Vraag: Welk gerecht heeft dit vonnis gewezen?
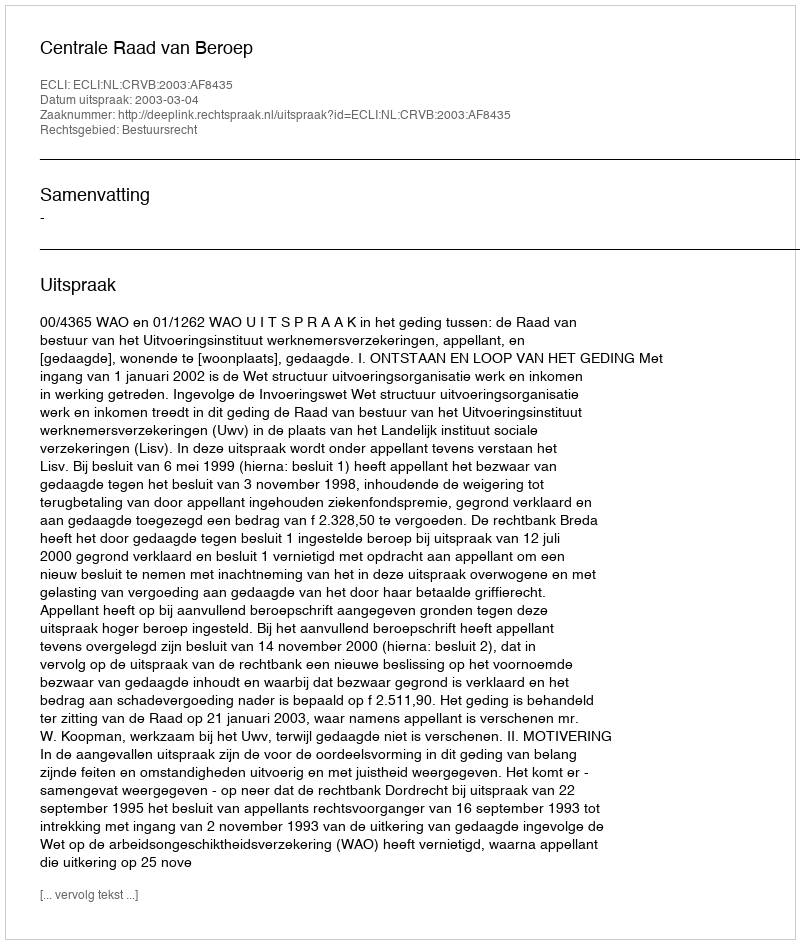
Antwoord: Centrale Raad van Beroep